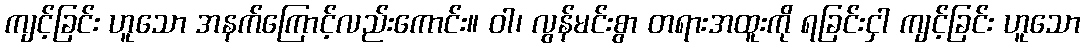
ကျင့်ခြင်း ဟူသော အနက်ကြောင့်လည်းကောင်း။ ဝါ၊ လွန်မင်းစွာ တရားအထူးကို ရခြင်းငှါ ကျင့်ခြင်း ဟူသော